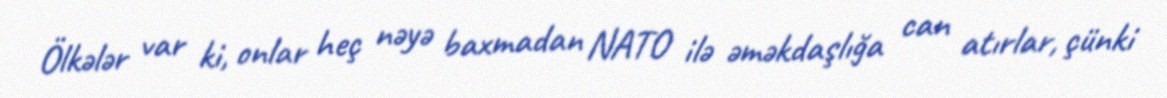
Ölkələr var ki, onlar heç nəyə baxmadan NATO ilə əməkdaşlığa can atırlar, çünki